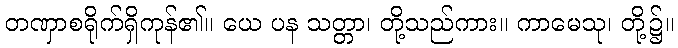
တဏှာစရိုက်ရှိကုန်၏။ ယေ ပန သတ္တာ၊ တို့သည်ကား။ ကာမေသု၊ တို့၌။